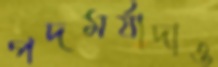
পদমর্যাদাও